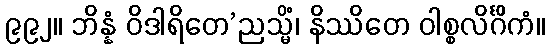
၉၉၂။ ဘိန္နံ ဝိဒါရိတေ’ညသ္မိံ၊ နိဿိတေ ဝါစ္စလိင်္ဂိကံ။